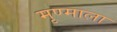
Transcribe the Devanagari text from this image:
मृण्माला